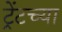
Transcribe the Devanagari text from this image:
ट्रेंटच्या